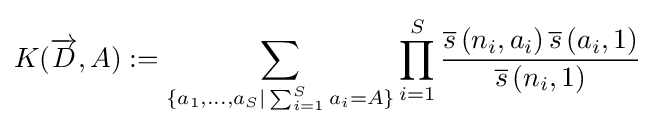
K({\overrightarrow {D}},A):=\sum _{\{a_{1},...,a_{S}|\sum _{i=1}^{S}a_{i}=A\}}\prod _{i=1}^{S}{\frac {{\overline {s}}\left(n_{i},a_{i}\right){\overline {s}}\left(a_{i},1\right)}{{\overline {s}}\left(n_{i},1\right)}}